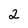
Character: 2